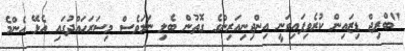
"ބްރިޖް ޑިޒައިން ކުރެވިފައިވަނީ އިންޖިނިއަރިންގެ ގޮތުން ބެލި ނަމަވެސް މިސަރަހައްދުގައި އެޅޭ އެންމެ